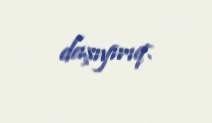
daşıyırıq.